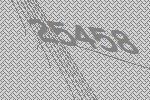
25458